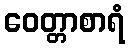
ဝေတ္တာစာရံ